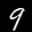
Label: 9